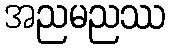
အညမညဿ